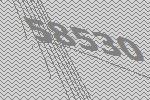
58530